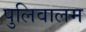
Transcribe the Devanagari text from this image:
पुलिवालम